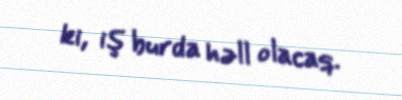
ki, iş burda həll olacaq.